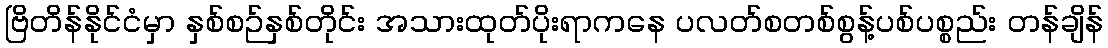
ဗြိတိန်နိုင်ငံမှာ နှစ်စဉ်နှစ်တိုင်း အသားထုတ်ပိုးရာကနေ ပလတ်စတစ်စွန့်ပစ်ပစ္စည်း တန်ချိန်